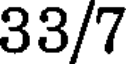
33/7